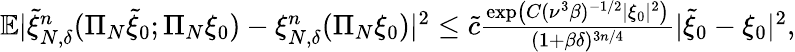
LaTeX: \begin{array}{r}{\mathbb{E}|\widetilde\xi_{N,\delta}^{n}(\Pi_{N}\widetilde{\xi}_{0};\Pi_{N}\xi_{0})-\xi_{N,\delta}^{n}(\Pi_{N}\xi_{0})|^{2}\leq\tilde{c}\frac{\exp\left(C(\nu^{3}\beta)^{-1/2}|\xi_{0}|^{2}\right)}{(1+\beta\delta)^{3n/4}}|\widetilde{\xi}_{0}-\xi_{0}|^{2},}\end{array}